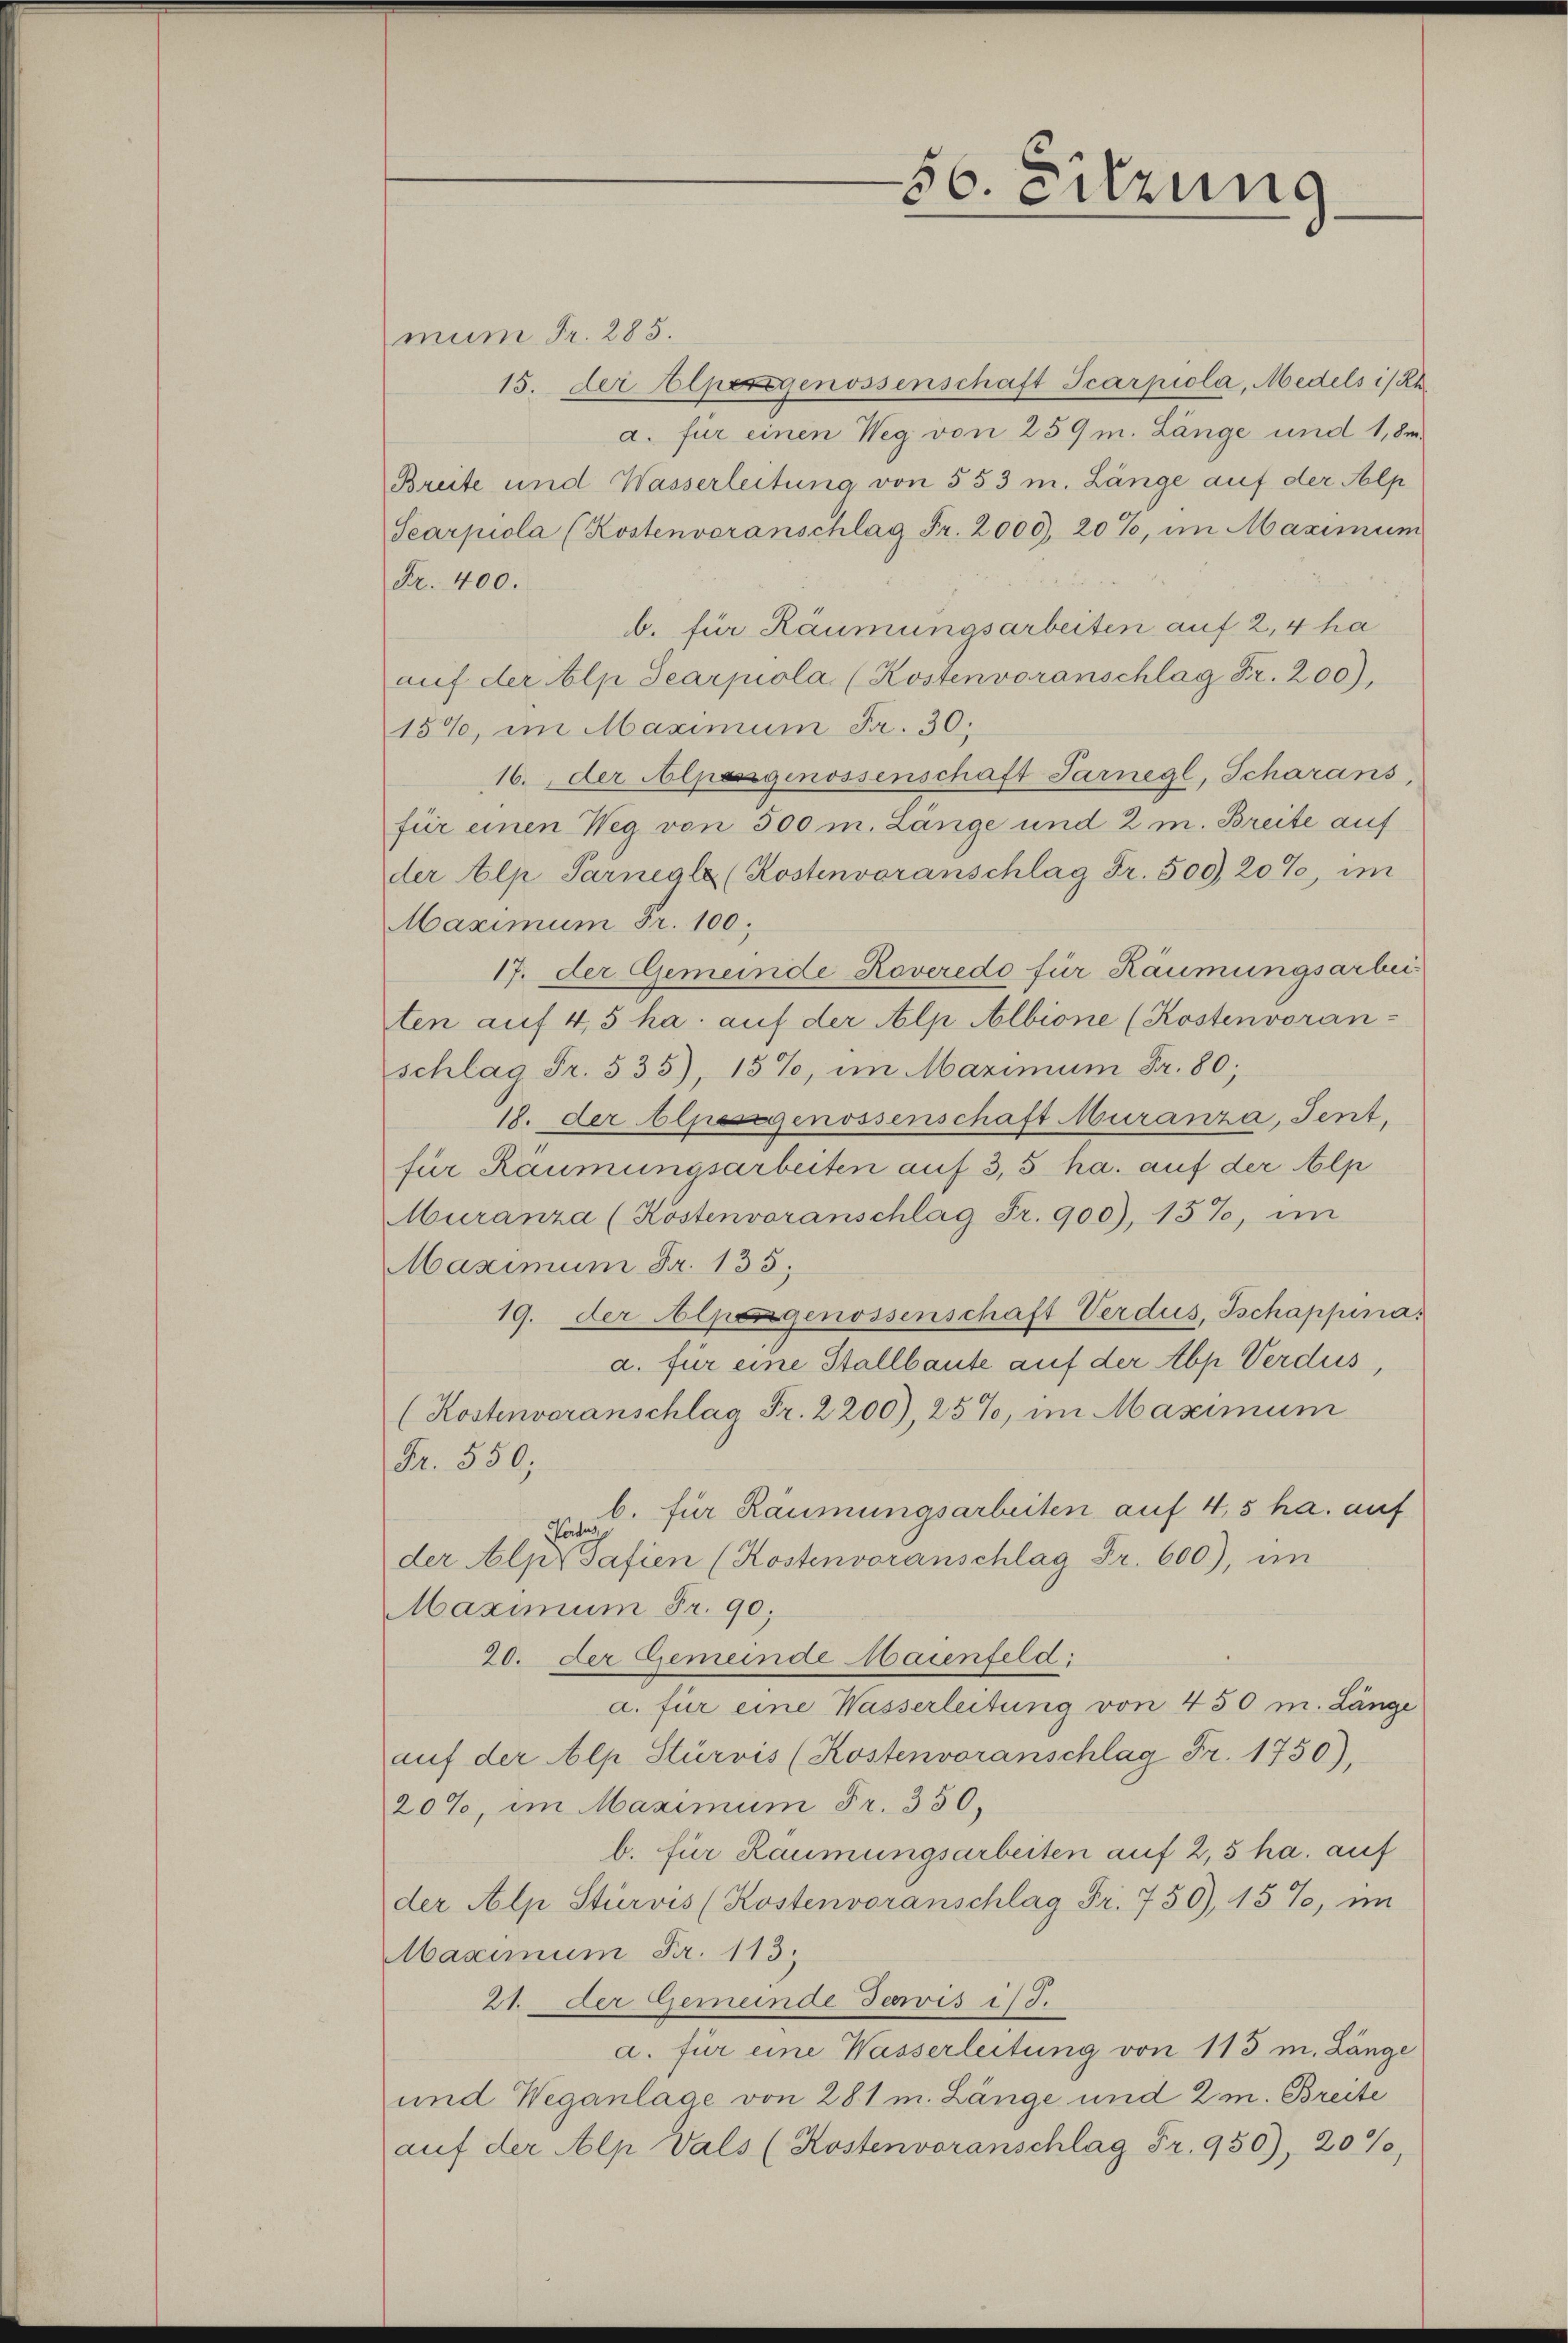
56. Sitzung

mum Fr. 285.
15. der Elpersgenossenschaft Scarpiola, Medels i/Rh.
a. für einen Weg von 259 m. Länge und 1,8m
Breite und Wasserleitung von 553 m. Länge auf der Salp
Searpiola (Kostenvoranschlag Fr. 2000, 20%, im Maximum
Fr. 400.
b. für Räumungsarbeiten auf 2,4 ha
aŭf der Alp Searpiola (Kostenvoranschlag Fr. 200),
15%, im Maximum Fr. 30;
16. der Alpengenossenschaft Sarnegl, Scharans,
für einen Weg von 300 m. Länge und 2 m. Breite auf
der Alp Sarnegle (Kostenvoranschlag Fr. 500, 20%, im
Maximum Fr. 100.
17. der Gemeinde Roveredo für Häumungsarbeiten auf 4,5 ha. auf der Alp Albione (Kostenvoran-
schlag Fr. 535), 15%, im Maximum Fr. 80;
18. der Alpesgenossenschaft Muranza, Tent,
für Räumungsarbeiten auf 3,5 ha. auf der Alp
uranza (Kostenvoranschlag Fr. 900), 157, im
Maximum Fr. 135;
19. der Alpengenossenschaft Verdus, Tschappina
a. für eine Stallbaute auf der Abp Verdus,
(Kostenvoranschlag Fr. 2200), 25%, im Maximum
Fr. 550;
b. für Räumungsarbeiten auf 4,5 ha. auf
Fartus
der Alp Gafien (Kostenvoranschlag Fr. 600), im
Maximum Fr. 90.
20. der Gemeinde Maienfeld:
a. für eine Wasserleitung von 450 m. Länge
aŭf der Alp Stürvis (Kostenvoranschlag Fr. 1750),
20%, im Maximum Fr. 350,
b. für Räumungsarbeiten auf 2,5 ha. auf
der Alp Stürvis (Kostenvoranschlag Fr. 750), 15%, im
Maximum Fr. 113.
21. der Gemeinde Jewis is 5.
a. für eine Wasserleitung von 113 m. Länge
und Weganlage von 281 m. Länge und 2 m. Breite
aŭf der Alp Vals (Kostenvoranschlag Fr. 950), 20%,